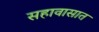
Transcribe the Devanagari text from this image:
सहावासात